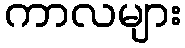
ကာလများ